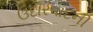
ઉદારવાદની